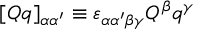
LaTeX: [ Q q ] _ { \alpha \alpha ^ { \prime } } \equiv \varepsilon _ { \alpha \alpha ^ { \prime } \beta \gamma } Q ^ { \beta } q ^ { \gamma }